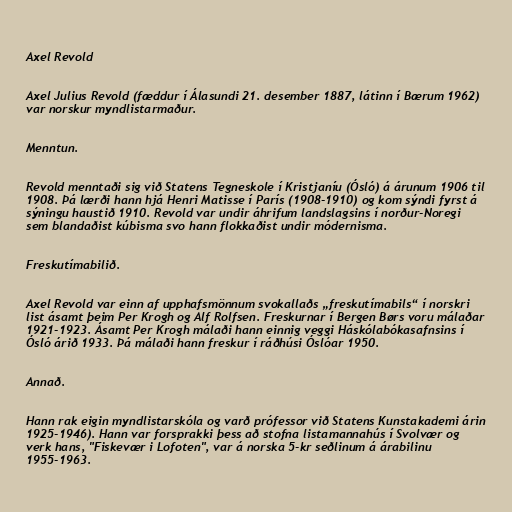
Axel Revold

Axel Julius Revold (fæddur í Álasundi 21. desember 1887, látinn í Bærum 1962)
var norskur myndlistarmaður.

Menntun.

Revold menntaði sig við Statens Tegneskole í Kristjaníu (Ósló) á árunum 1906 til
1908. Þá lærði hann hjá Henri Matisse í París (1908-1910) og kom sýndi fyrst á
sýningu haustið 1910. Revold var undir áhrifum landslagsins í norður-Noregi
sem blandaðist kúbisma svo hann flokkaðist undir módernisma.

Freskutímabilið.

Axel Revold var einn af upphafsmönnum svokallaðs „freskutímabils“ í norskri
list ásamt þeim Per Krogh og Alf Rolfsen. Freskurnar í Bergen Børs voru málaðar
1921-1923. Ásamt Per Krogh málaði hann einnig veggi Háskólabókasafnsins í
Ósló árið 1933. Þá málaði hann freskur í ráðhúsi Óslóar 1950.

Annað.

Hann rak eigin myndlistarskóla og varð prófessor við Statens Kunstakademi árin
1925-1946). Hann var forsprakki þess að stofna listamannahús í Svolvær og
verk hans, "Fiskevær i Lofoten", var á norska 5-kr seðlinum á árabilinu
1955-1963.